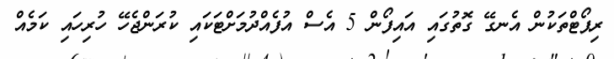
ރިޕޯޓްތަކުން އެނގޭ ގޮތުގައި އައިފޯން 5 އެސް އުފެއްދުމަށްޓަކައި ކުރަންޖެހޭ ހުރިހައި ކަމެއް